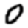
Digit: 0